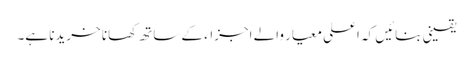
یقینی بنائیں کہ اعلی معیار والے اجزاء کے ساتھ کھانا خریدنا ہے۔